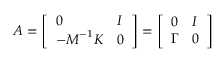
\boldsymbol { A } = \left[ \begin{array} { l l } { \boldsymbol { 0 } } & { \boldsymbol { I } } \\ { - \boldsymbol { M } ^ { - 1 } \boldsymbol { K } } & { \boldsymbol { 0 } } \end{array} \right] = \left[ \begin{array} { l l } { \boldsymbol { 0 } } & { \boldsymbol { I } } \\ { \boldsymbol { \Gamma } } & { \boldsymbol { 0 } } \end{array} \right]